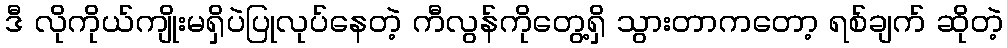
ဒီ လိုကိုယ်ကျိုးမရှိပဲပြုလုပ်နေတဲ့ ကီလွန်ကိုတွေ့ရှိ သွားတာကတော့ ရစ်ချက် ဆိုတဲ့